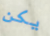
يكن